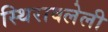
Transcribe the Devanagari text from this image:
स्थिरावलेली